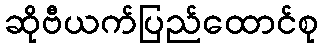
ဆိုဗီယက်ပြည်ထောင်စု